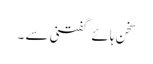
سخن ہائے گفتنی سے ۔